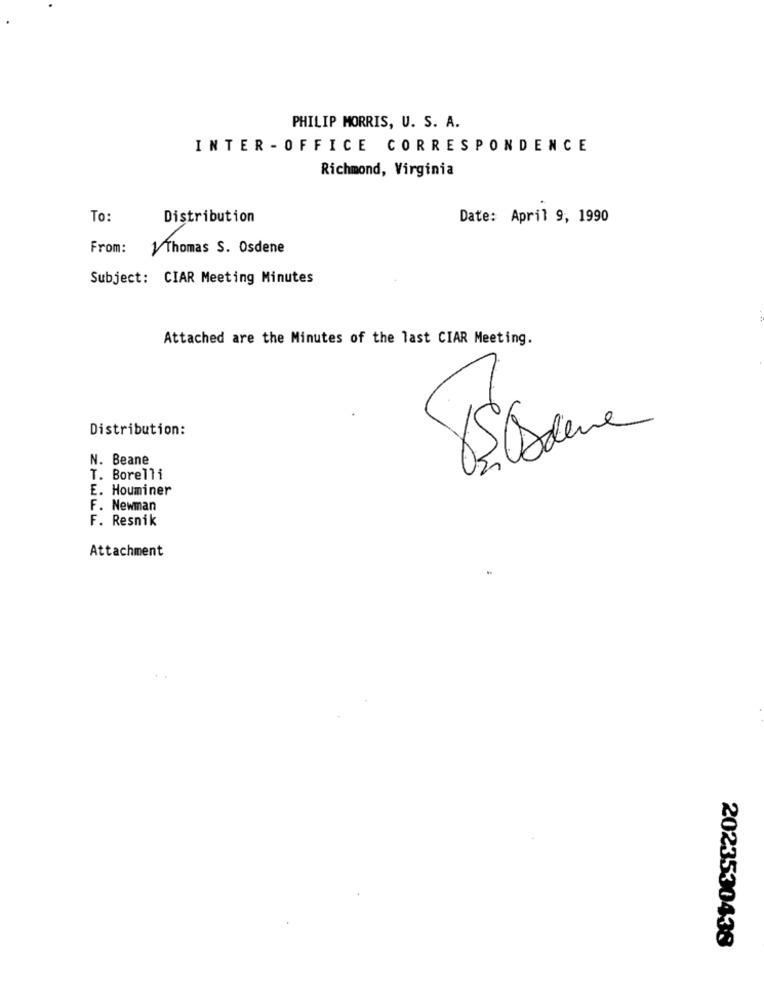
PHILIP MORRIS, U. S. A.
INTER - OFFICE CORRESPONDENCE
Richmond, Virginia
To:
Distribution
Date: April 9, 1990
From: 1/ Thomas S. Osdene
Subject: CIAR Meeting Minutes
Attached are the Minutes of the last CIAR Meeting.
Distribution:
N. Beane
T. Borelli
E. Houminer
F. Newman
F. Resnik
Attachment
2023530438